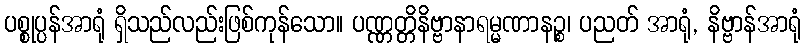
ပစ္စုပ္ပန်အာရုံ ရှိသည်လည်းဖြစ်ကုန်သော။ ပဏ္ဏတ္တိနိဗ္ဗာနာရမ္မဏာနဉ္စ၊ ပညတ် အာရုံ, နိဗ္ဗာန်အာရုံ